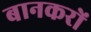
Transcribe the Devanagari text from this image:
बानकरों